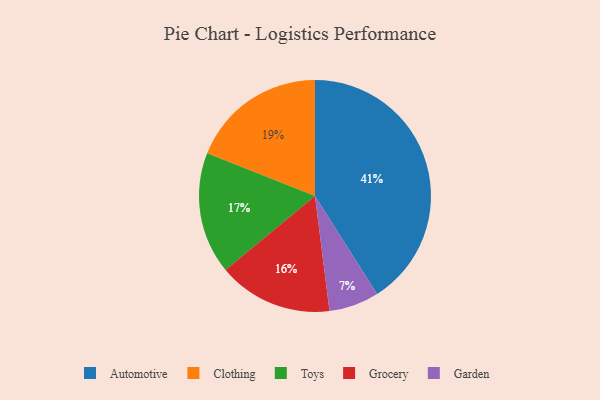
{"axis": {"x": "Category", "y": "Percentage"}, "legend": ["Automotive", "Clothing", "Garden", "Grocery", "Toys"], "data": [{"x": "Grocery", "y": 16, "type": "Grocery"}, {"x": "Toys", "y": 17, "type": "Toys"}, {"x": "Clothing", "y": 19, "type": "Clothing"}, {"x": "Automotive", "y": 41, "type": "Automotive"}, {"x": "Garden", "y": 7, "type": "Garden"}]}